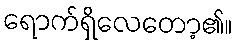
ရောက်ရှိလေတော့၏။